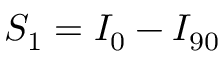
S _ { 1 } = I _ { 0 } - I _ { 9 0 }